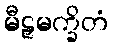
မီဠှမက္ခိတံ